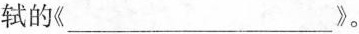
轼的《___》。